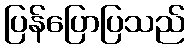
ပြန်ပြောပြသည်